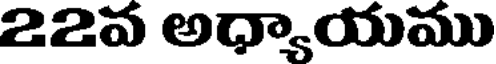
22వ అధ్యాయము